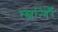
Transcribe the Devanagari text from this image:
त्स्वन्गिर्रै